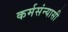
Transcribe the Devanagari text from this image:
कर्मसंन्यासी